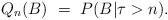
LaTeX: \begin{align*} Q_n (B) \ = \ P( B | \tau >n).\end{align*}